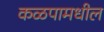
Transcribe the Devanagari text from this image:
कळपामधील